Annual report on the health of the army in India
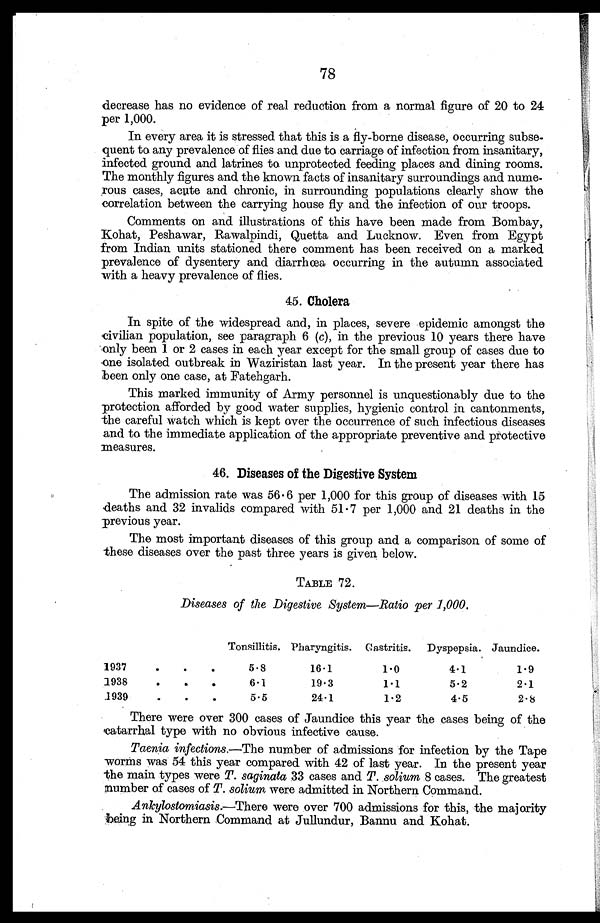
78
decrease has no evidence of real reduction from a normal figure of 20 to 24
per 1,000.
In every area it is stressed that this is a fly-borne disease, occurring subse
- q u e n t t o a n y p r e v a l e n c e o f f l i e s a n d d u e t o c a r r i a g e o f i n f e c t i o n f r o m i n s a n i t a r y ,
infected ground and latrines to unprotected feeding places and dining rooms.
The monthly figures and the known facts of insanitary surroundings and nume
- r o u s c a s e s , a c u t e a n d c h r o n i c , i n s u r r o u n d i n g p o p u l a t i o n s c l e a r l y s h o w t h e
correlation between the carrying house fly and the infection of our troops.
Comments on and illustrations of this have been made from Bombay,
Kohat, Peshawar, Rawalpindi, Quetta and Lucknow. Even from Egypt
from Indian units stationed there comment has been received on a marked
prevalence of dysentery and diarrhœa occurring in the autumn associated
with a heavy prevalence of flies.
45. Cholera
In spite of the widespread and, in places, severe epidemic amongst the
civilian population, see paragraph 6 ( c), in the previous 10 years there have
only been 1 or 2 cases in each year except for the small group of cases due to
one isolated outbreak in Waziristan last year. In the present year there has
been only one case, at Fatehgarh.
This marked immunity of Army personnel is unquestionably due to the
protection afforded by good water supplies, hygienic control in cantonments,
the careful watch which is kept over the occurrence of such infectious diseases
and to the immediate application of the appropriate preventive and protective
measures.
46. Diseases of the Digestive System
The admission rate was 56.6 per 1,000 for this group of diseases with 15
deaths and 32 invalids compared with 51 . 7 per 1,000 and 21 deaths in the
previous year.
The most important diseases of this group and a comparison of some of
these diseases over the past three years is given below.
TABLE 72.
Diseases of the Digestive System—Ratio per 1,000.
Tonsillitis. Pharyngitis. Gastritis.
Dyspepsia. Jaundice.
1937 . . .
5.8
16.1
1.0
4.1
1.9
1938 . . .
6.1
19.3
1.1
5.2
2.1
1939 . . .
5.5
24.1
1.2
4.5
2.8
There were over 300 cases of Jaundice this year the cases being of the
catarrhal type with no obvious infective cause.
Taenia infections.—The number of admissions for infection by the Tape
worms was 54 this year compared with 42 of last year. In the present year
the main types were T. saginata 33 cases and T. solium 8 cases. The greatest
number of cases of T. solium were admitted in Northern Command.
Ankylostomiasis.—There were over 700 admissions for this, the majority
being in Northern Command at Jullundur, Bannu and Kohat.